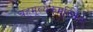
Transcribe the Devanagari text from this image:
बहुमूल्येकमूर्तिकम्‌